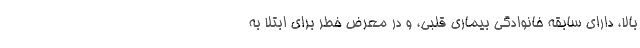
بالا، دارای سابقه خانوادگی بیماری قلبی، و در معرض خطر برای ابتلا به